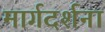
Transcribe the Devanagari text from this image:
मार्गदर्शना